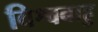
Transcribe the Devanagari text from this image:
विश्वबाहु